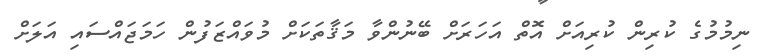
ނިމުމުގެ ކުރިން ކުރިއަށް އޮތް އަހަރަށް ބޭނުންވާ މަޤާތަކަށް މުވައްޒަފުން ހަމަޖައްސައި އަލަށް